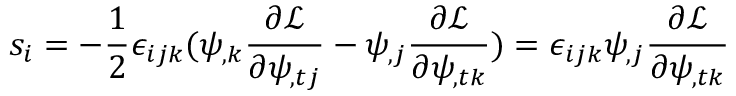
s _ { i } = - \frac 1 2 \epsilon _ { i j k } ( \psi _ { , k } \frac { \partial \mathcal { L } } { \partial \psi _ { , t j } } - \psi _ { , j } \frac { \partial \mathcal { L } } { \partial \psi _ { , t k } } ) = \epsilon _ { i j k } \psi _ { , j } \frac { \partial \mathcal { L } } { \partial \psi _ { , t k } }